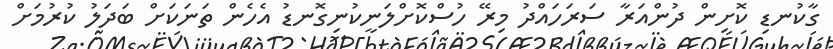
ގާކުނޑި ކޮށިން ދުންއަރާ ސަރަހައްދު މިރޭ ހުސްކޮށްލަނީކުނިގޮނޑު އެހެން ތަނަކަށް ބަދަލު ކުރުމަށް